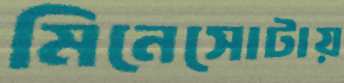
মিনেসোটায়